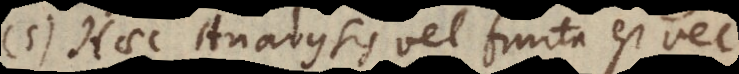
5) Haec Analysis vel finita est vel